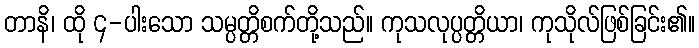
တာနိ၊ ထို ၄-ပါးသော သမ္ပတ္တိစက်တို့သည်။ ကုသလုပ္ပတ္တိယာ၊ ကုသိုလ်ဖြစ်ခြင်း၏။